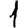
Digit: 1